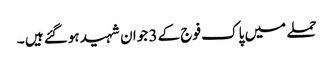
حملے میں پاک فوج کے 3 جوان شہید ہوگئے ہیں ۔